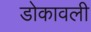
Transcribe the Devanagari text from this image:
डोकावली